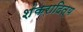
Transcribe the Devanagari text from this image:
शंकरादित्य